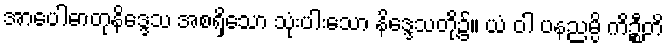
အာပေါဓာတုနိဒ္ဒေသ အစရှိသော သုံးပါးသော နိဒ္ဒေသတို့၌။ ယံ ဝါ ပနညမ္ပိ ကိဉ္စီတိ